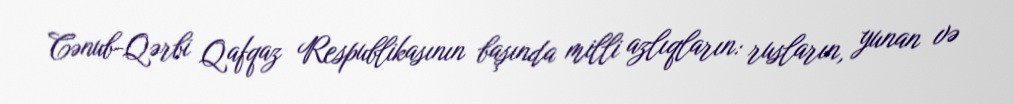
Cənub-Qərbi Qafqaz Respublikasının başında milli azlıqların: rusların, yunan və